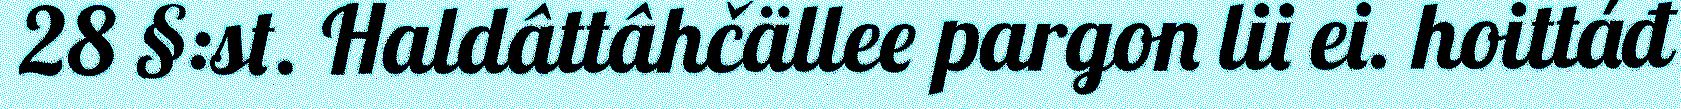
28 §:st. Haldâttâhčällee pargon lii ei. hoittáđ